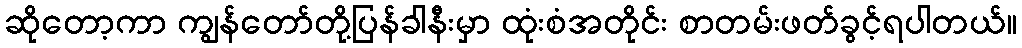
ဆိုတော့ကာ ကျွန်တော်တို့ပြန်ခါနီးမှာ ထုံးစံအတိုင်း စာတမ်းဖတ်ခွင့်ရပါတယ်။